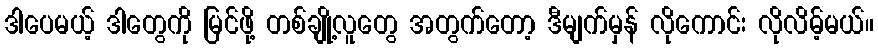
ဒါပေမယ့် ဒါတွေကို မြင်ဖို့ တစ်ချို့လူတွေ အတွက်တော့ ဒီမျက်မှန် လိုကောင်း လိုလိမ့်မယ်။